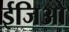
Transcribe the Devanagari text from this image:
ईजिओ